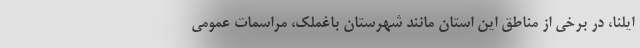
ایلنا، در برخی از مناطق این استان مانند شهرستان باغملک، مراسمات عمومی